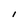
Character: i